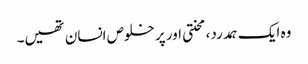
وہ ایک ہمدرد، محنتی اور پر خلوص انسان تھیں۔